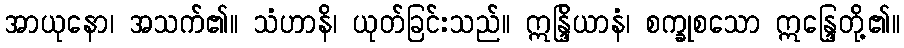
အာယုနော၊ အသက်၏။ သံဟာနိ၊ ယုတ်ခြင်းသည်။ ဣန္ဒြိယာနံ၊ စက္ခုစသော ဣန္ဒြေတို့၏။